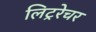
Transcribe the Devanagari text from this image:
लिट्ररेचर